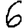
Digit: 6